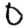
Digit: 0